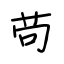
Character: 苟